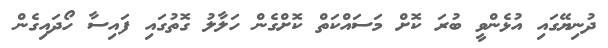
ދުނިޔޭގައި އުޅެންވީ ބުރަ ކޮށް މަސައްކަތް ކޮށްގެން ހަލާލު ގޮތުގައި ފައިސާ ހޯދައިގެން